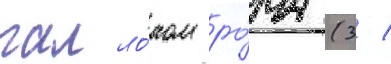
галло́ном ро́ма (3 /